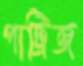
পাট্রিজ